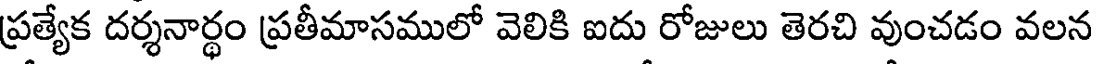
ప్రత్యేక దర్శనార్థం ప్రతీమాసములో వెలికి ఐదు రోజులు తెరచి వుంచడం వలన